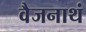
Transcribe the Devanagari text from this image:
वैजनाथं